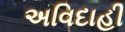
અવિદાહી